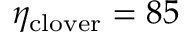
\eta _ { \mathrm { c l o v e r } } = 8 5 \